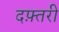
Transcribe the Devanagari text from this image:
दफ़्तरी